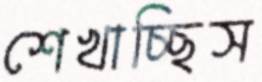
শেখাচ্ছিস